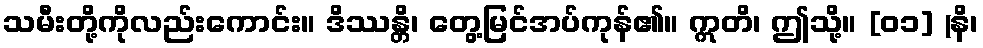
သမီးတို့ကိုလည်းကောင်း။ ဒိဿန္တိ၊ တွေ့မြင်အပ်ကုန်၏။ ဣတိ၊ ဤသို့။ [၀၁] (နိ၊